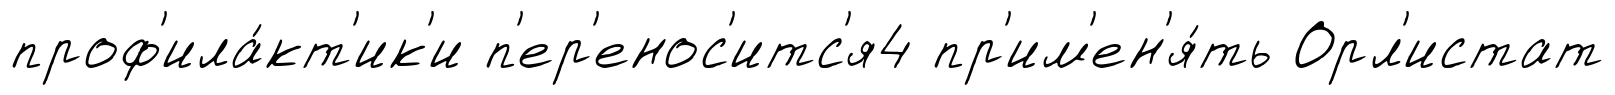
проф'ила́кт'ик'и п'ер'енос'итс'я4 пр'им'ен'я́ть Орл'истат